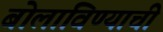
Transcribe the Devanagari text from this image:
बोलाविण्याची